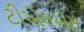
ટીએલએસ